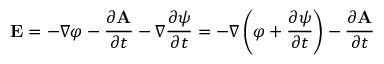
{ \mathbf { E } } = - \nabla \varphi - { \frac { \partial { \mathbf { A } } } { \partial t } } - \nabla { \frac { \partial { \psi } } { \partial t } } = - \nabla \left( \varphi + { \frac { \partial { \psi } } { \partial t } } \right) - { \frac { \partial { \mathbf { A } } } { \partial t } }